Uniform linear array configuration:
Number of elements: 4
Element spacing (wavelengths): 0.75
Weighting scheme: hann
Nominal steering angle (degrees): -15
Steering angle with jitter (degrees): -13.12
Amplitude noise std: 0.05
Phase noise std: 0.05

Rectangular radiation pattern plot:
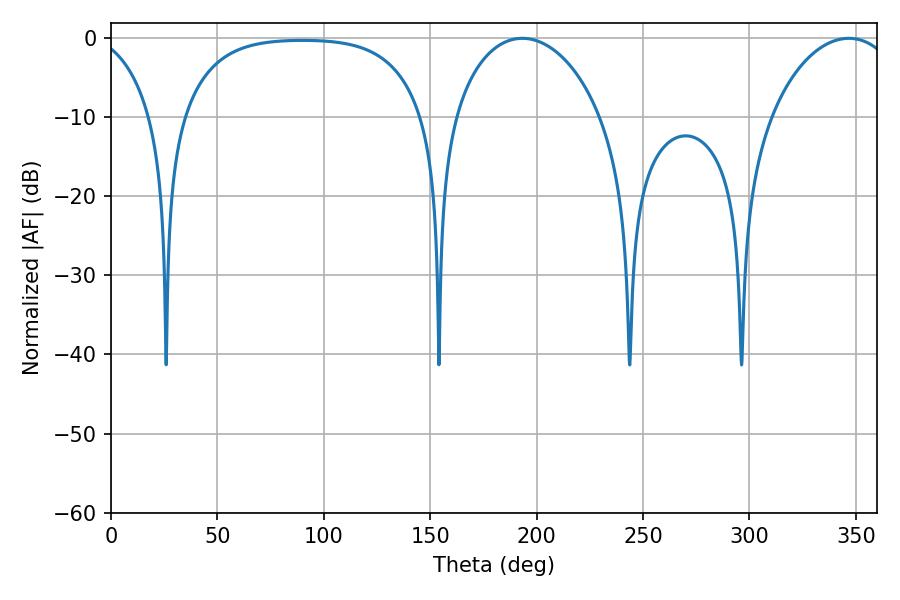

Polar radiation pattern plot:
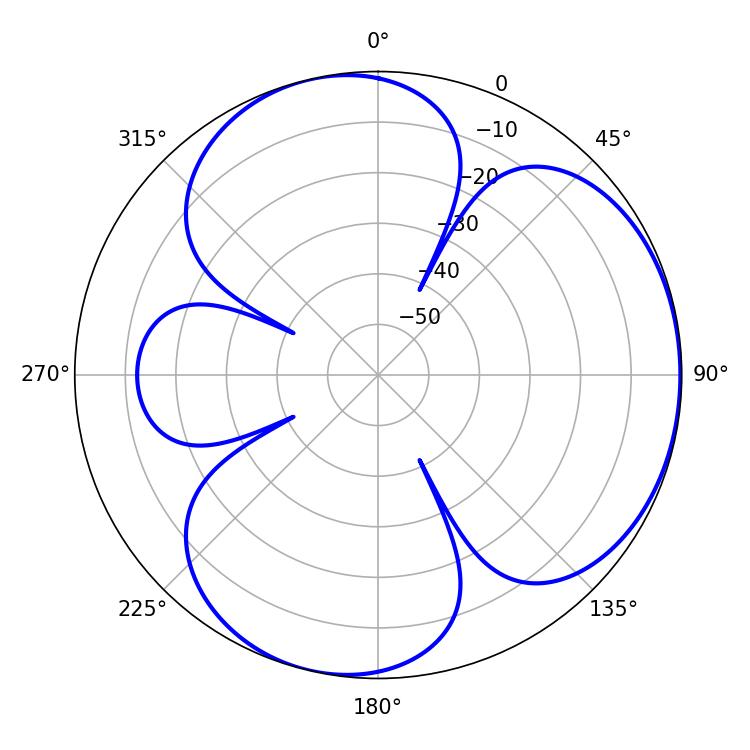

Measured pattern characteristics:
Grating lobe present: TRUE
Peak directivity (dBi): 4.08
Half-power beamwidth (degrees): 40.14
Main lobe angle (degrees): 193.32